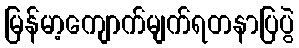
မြန်မာ့ကျောက်မျက်ရတနာပြပွဲ